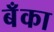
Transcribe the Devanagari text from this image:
बॅँका